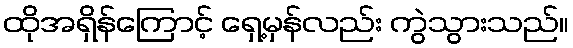
ထိုအရှိန်ကြောင့် ရှေ့မှန်လည်း ကွဲသွားသည်။